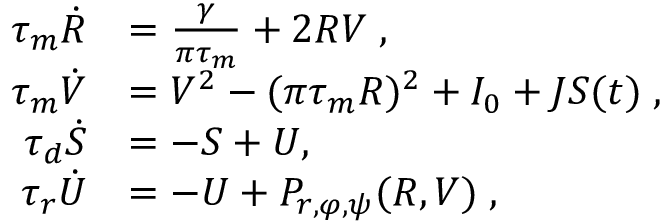
\begin{array} { r l } { \tau _ { m } \dot { R } } & { = \frac { \gamma } { \pi \tau _ { m } } + 2 R V \; , } \\ { \tau _ { m } \dot { V } } & { = V ^ { 2 } - ( \pi \tau _ { m } R ) ^ { 2 } + I _ { 0 } + J S ( t ) \; , } \\ { \tau _ { d } \dot { S } } & { = - S + U , \; } \\ { \tau _ { r } \dot { U } } & { = - U + P _ { r , \varphi , \psi } ( R , V ) \; , } \end{array}